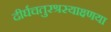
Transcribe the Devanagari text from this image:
दीर्घचतुरश्रस्याक्ष्णया